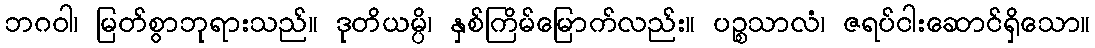
ဘဂဝါ၊ မြတ်စွာဘုရားသည်။ ဒုတိယမ္ပိ၊ နှစ်ကြိမ်မြောက်လည်း။ ပဉ္စသာလံ၊ ဇရပ်ငါးဆောင်ရှိသော။